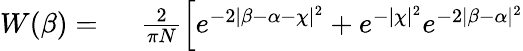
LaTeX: \begin{array}{rl}{W(\beta)=\ }&{{}\frac{2}{\pi N}\Big[e^{-2\lvert\beta-\alpha-\chi\rvert^{2}}+e^{-\lvert\chi\rvert^{2}}e^{-2\lvert\beta-\alpha\rvert^{2}}}\end{array}